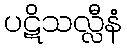
ပဋိသလ္လီနံ